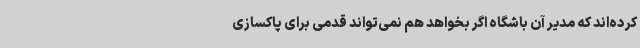
کرده‌اند که مدیر آن باشگاه اگر بخواهد هم نمی‌تواند قدمی برای پاکسازی